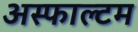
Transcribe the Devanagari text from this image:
अस्फाल्टम